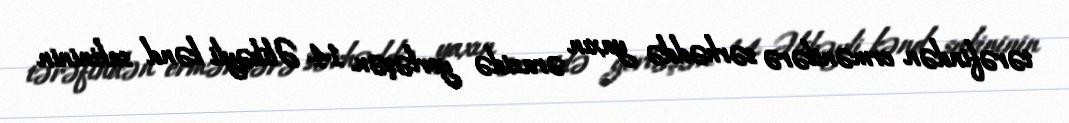
tərəfindən ermənilərə sərhəddə yaxın ərazidə yerləşən 14 Əlibəyli kənd sakininin